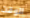
الوقت